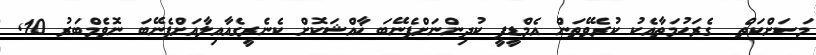
މަސަށްކަތް  ގެރަޙުމަތާއެކު ކުރެވޭތަން އެމްޑީޕީ ކުދިންނަށްފެނޭބަ ޚާއްޝަކޮށް ކެނެރީގެއާއިލާއަށްފެނޭބަ ނޮވެމްބަރު 10